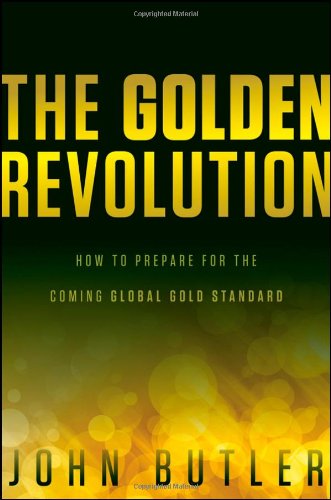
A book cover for The Golden Revolution: How to Prepare for the Coming Global Gold Standard; John Butler; Business & Money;